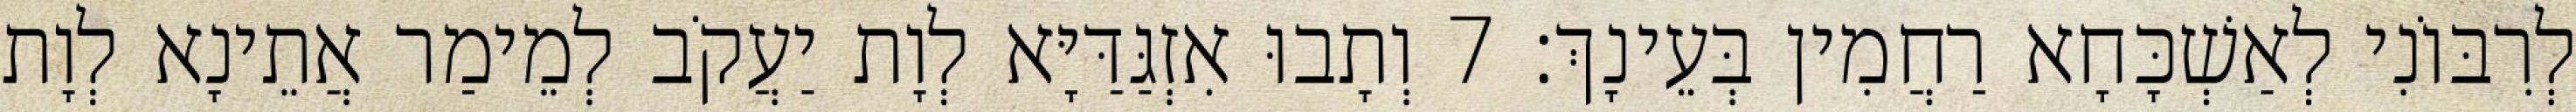
לְרִבּוֹנִי לְאַשְׁכָּחָא רַחֲמִין בְּעֵינָךְ׃ 7 וְתָבוּ אִזְגַּדַּיָּא לְוָת יַעֲקֹב לְמֵימַר אֲתֵינָא לְוָת